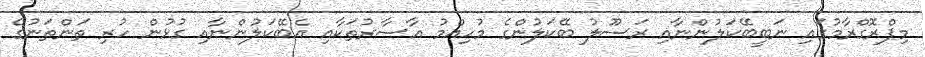
މިޕްރޮގްރާމުގައި ނަބީބޭކަލުންނާއި ރަސޫލު ބޭކަލުންގެ މުހިއްމު އާސާރުތަކާއި އެބޭކަލުންނާއި ގުޅުން ހުރި ތަންތަނުގެ